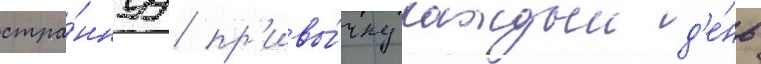
стра́ннуу пр'ивы́чку каждыи д'е́нь